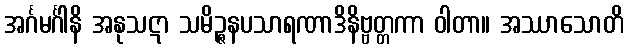
အင်္ဂမင်္ဂါနိ အနုသဋာ သမိဉ္ဇနပသာရဏာဒိနိဗ္ဗတ္တကာ ဝါတာ။ အဿာသောတိ